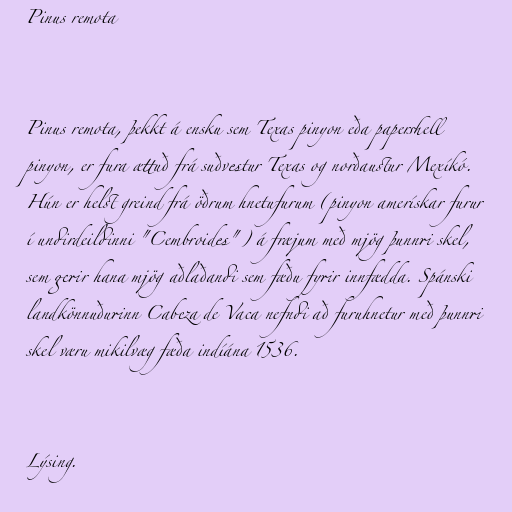
Pinus remota

Pinus remota, þekkt á ensku sem Texas pinyon eða papershell
pinyon, er fura ættuð frá suðvestur Texas og norðaustur Mexíkó.
Hún er helst greind frá öðrum hnetufurum (pinyon amerískar furur
í undirdeildinni "Cembroides") á fræjum með mjög þunnri skel,
sem gerir hana mjög aðlaðandi sem fæðu fyrir innfædda. Spánski
landkönnuðurinn Cabeza de Vaca nefndi að furuhnetur með þunnri
skel væru mikilvæg fæða indíána 1536.

Lýsing.